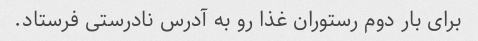
برای بار دوم رستوران غذا رو به آدرس نادرستی فرستاد.